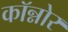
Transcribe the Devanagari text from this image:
कॉन्नोर